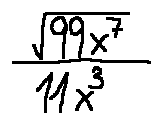
\frac { \sqrt { 9 9 x ^ { 7 } } } { 1 1 x ^ { 3 } }